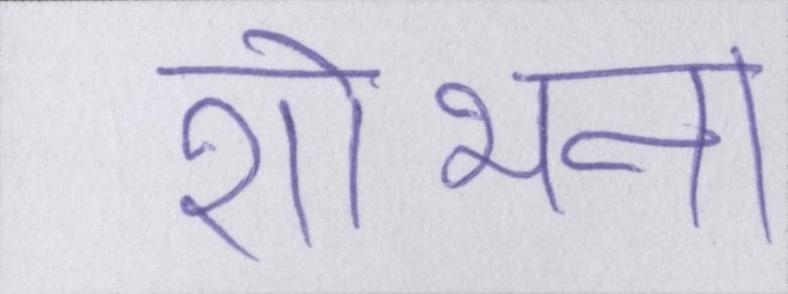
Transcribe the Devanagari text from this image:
शोभना